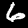
Label: 6